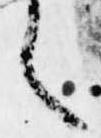
く